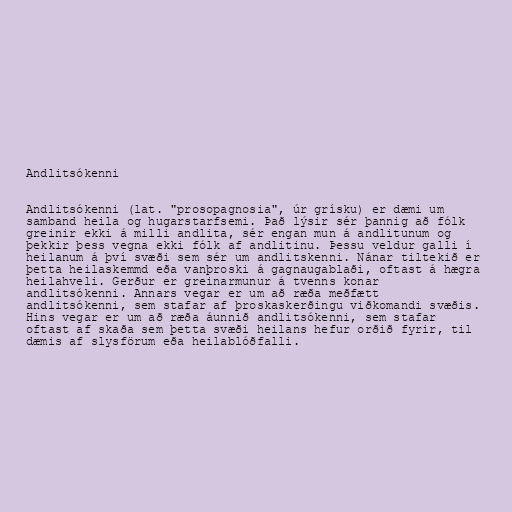
Andlitsókenni

Andlitsókenni (lat. "prosopagnosia", úr grísku) er dæmi um
samband heila og hugarstarfsemi. Það lýsir sér þannig að fólk
greinir ekki á milli andlita, sér engan mun á andlitunum og
þekkir þess vegna ekki fólk af andlitinu. Þessu veldur galli í
heilanum á því svæði sem sér um andlitskenni. Nánar tiltekið er
þetta heilaskemmd eða vanþroski á gagnaugablaði, oftast á hægra
heilahveli. Gerður er greinarmunur á tvenns konar
andlitsókenni. Annars vegar er um að ræða meðfætt
andlitsókenni, sem stafar af þroskaskerðingu viðkomandi svæðis.
Hins vegar er um að ræða áunnið andlitsókenni, sem stafar
oftast af skaða sem þetta svæði heilans hefur orðið fyrir, til
dæmis af slysförum eða heilablóðfalli.